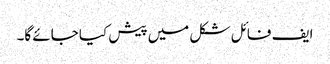
ایف فائل شکل میں پیش کیا جائے گا۔